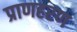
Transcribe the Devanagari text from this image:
प्राणहरण